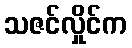
သဇင်လှိုင်က